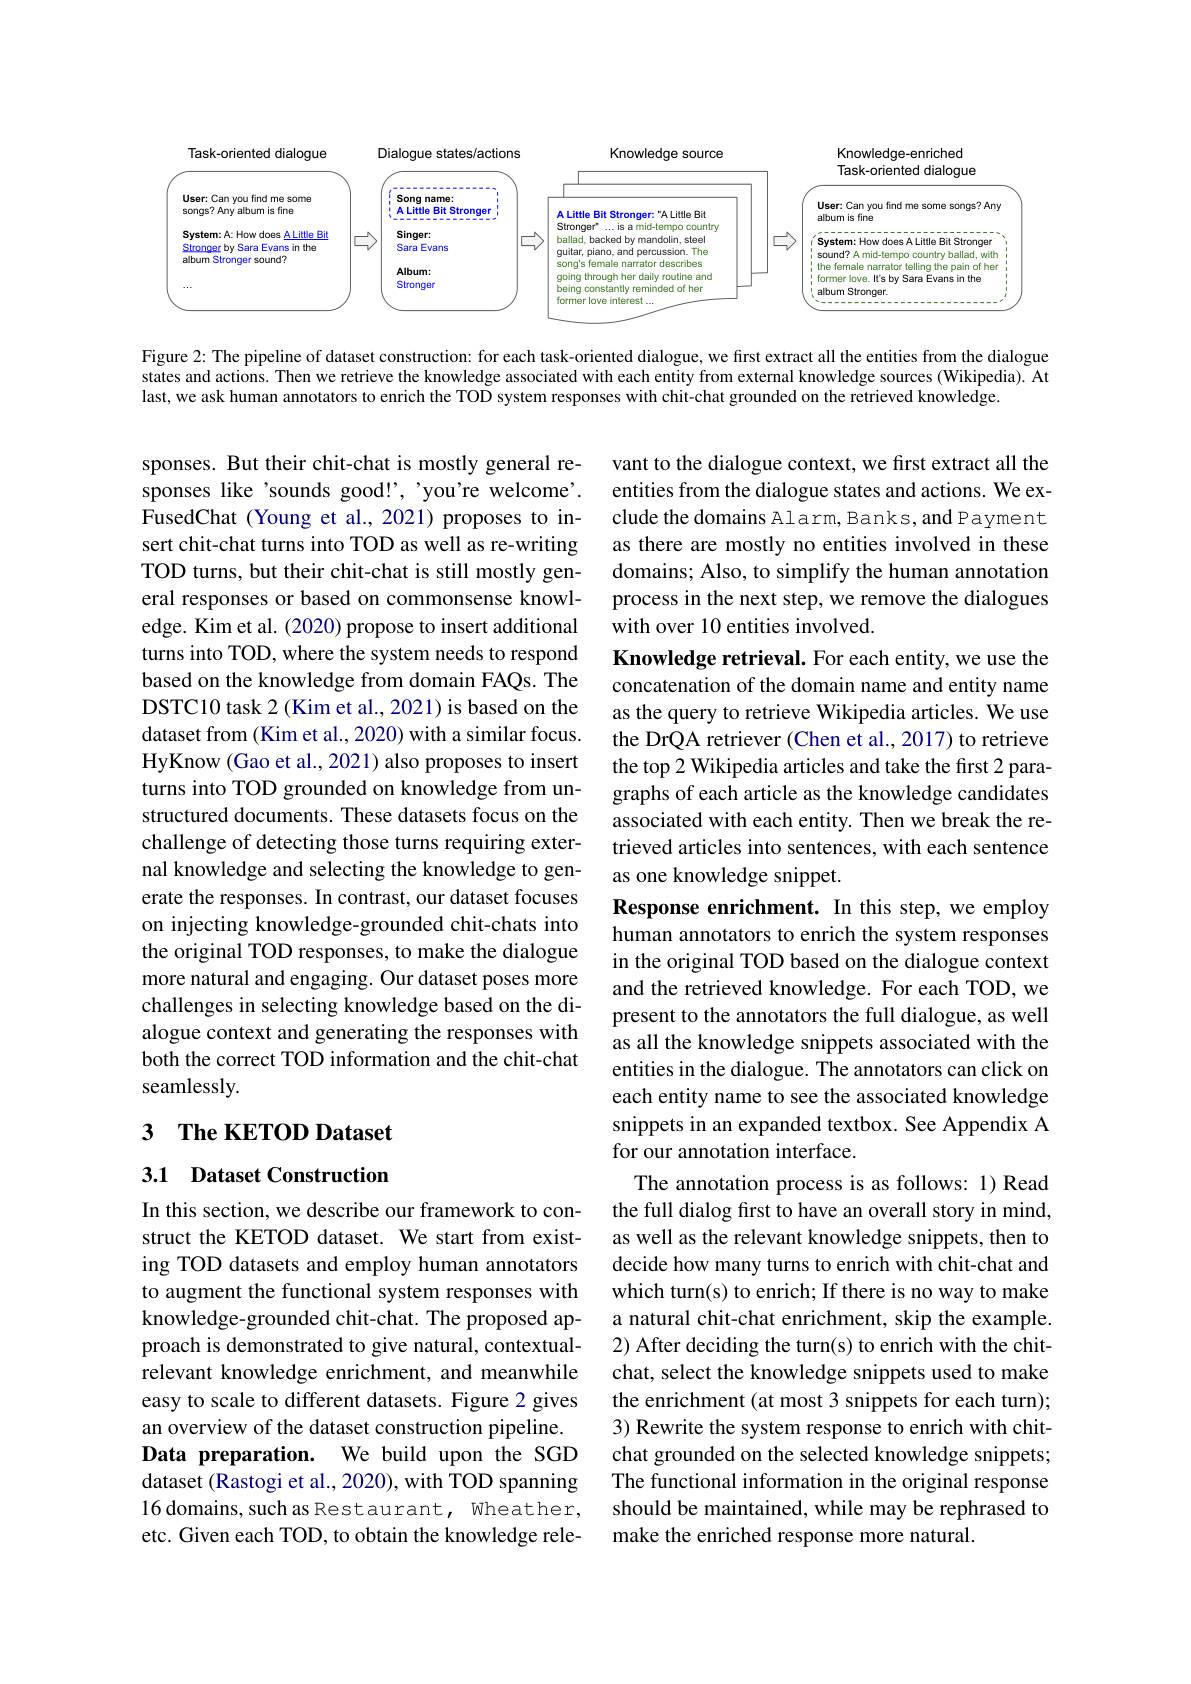
<FigureHere>

Figure 2: The pipeline of dataset construction: for each task-oriented dialogue, we first extract all the entities from the dialogue states and actions. Then we retrieve the knowledge associated with each entity from external knowledge sources (Wikipedia). At last, we ask human annotators to enrich the TOD system responses with chit-chat grounded on the retrieved knowledge.

vant to the dialogue context, we first extract all the entities from the dialogue states and actions. We exclude the domains Alarm, Banks, and Payment as there are mostly no entities involved in these domains; Also, to simplify the human annotation process in the next step, we remove the dialogues with over 10 entities involved.

sponses. But their chit-chat is mostly general responses like'sounds good!', 'you're welcome'. FusedChat (Young et al., 2021) proposes to insert chit-chat turns into TOD as well as re-writing TOD turns, but their chit-chat is still mostly general responses or based on commonsense knowledge. Kim et al. (2020) propose to insert additional turns into TOD, where the system needs to respond based on the knowledge from domain FAQs. The DSTC10 task 2 (Kim et al., 2021) is based on the dataset from (Kim et al., 2020) with a similar focus. HyKnow (Gao et al., 2021) also proposes to insert turns into TOD grounded on knowledge from unstructured documents. These datasets focus on the challenge of detecting those turns requiring external knowledge and selecting the knowledge to generate the responses. In contrast, our dataset focuses on injecting knowledge-grounded chit-chats into the original TOD responses, to make the dialogue more natural and engaging. Our dataset poses more challenges in selecting knowledge based on the dialogue context and generating the responses with both the correct TOD information and the chit-chat seamlessly.

Knowledge retrieval. For each entity, we use the concatenation of the domain name and entity name as the query to retrieve Wikipedia articles. We use the DrQA retriever (Chen et al., 2017) to retrieve the top 2 Wikipedia articles and take the first 2 paragraphs of each article as the knowledge candidates associated with each entity. Then we break the retrieved articles into sentences, with each sentence as one knowledge snippet.
Response enrichment. In this step, we employ human annotators to enrich the system responses in the original TOD based on the dialogue context and the retrieved knowledge. For each TOD, we present to the annotators the full dialogue, as well as all the knowledge snippets associated with the entities in the dialogue. The annotators can click on each entity name to see the associated knowledge snippets in an expanded textbox. See Appendix A for our annotation interface.
The annotation process is as follows: 1) Read the full dialog first to have an overall story in mind, as well as the relevant knowledge snippets, then to decide how many turns to enrich with chit-chat and which turn(s) to enrich; If there is no way to make a natural chit-chat enrichment, skip the example. 2) After deciding the turn(s) to enrich with the chitchat, select the knowledge snippets used to make the enrichment (at most 3 snippets for each turn); 3) Rewrite the system response to enrich with chitchat grounded on the selected knowledge snippets; The functional information in the original response should be maintained, while may be rephrased to make the enriched response more natural.

# 3 The KETOD Dataset

## 3.1 Dataset Construction

In this section, we describe our framework to construct the KETOD dataset. We start from existing TOD datasets and employ human annotators to augment the functional system responses with knowledge-grounded chit-chat. The proposed approach is demonstrated to give natural, contextualrelevant knowledge enrichment, and meanwhile easy to scale to different datasets. Figure 2 gives an overview of the dataset construction pipeline. Data preparation. We build upon the SGD dataset (Rastogi et al., 2020), with TOD spanning 16 domains, such as Rest aurant, Wheat her, etc. Given each TOD, to obtain the knowledge rele-